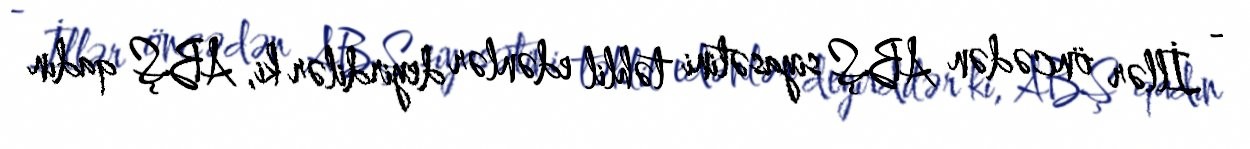
- İllər öncədən ABŞ siyasətini təhlil edənlər deyirdilər ki, ABŞ qadın